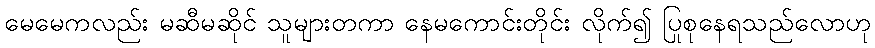
မေမေကလည်း မဆီမဆိုင် သူများတကာ နေမကောင်းတိုင်း လိုက်၍ ပြုစုနေရသည်လောဟု